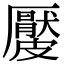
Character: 𥀬